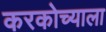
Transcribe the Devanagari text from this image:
करकोच्याला